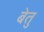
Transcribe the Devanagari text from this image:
बेतु